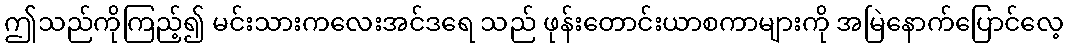
ဤသည်ကိုကြည့်၍ မင်းသားကလေးအင်ဒရေ သည် ဖုန်းတောင်းယာစကာများကို အမြဲနောက်ပြောင်လေ့